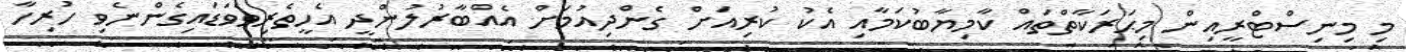
މި މިނިސްޓްރީއިން މިޙަރަކާތްތައް ކާމިޔާބުކަމާއި އެކު ކުރިއަށް ގެންދިއުމަށް އެއްބާރުލުންދީ އެހީތެރިވެވަޑައިގެންނެވި ހުރިހާ